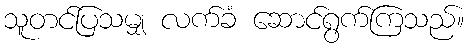
သူတင်ပြသမျှ လက်ခံ ဆောင်ရွက်ကြသည်။